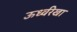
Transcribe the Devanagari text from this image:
ऊर्ध्वरेखा